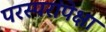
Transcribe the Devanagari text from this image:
परस्परांपेक्षा